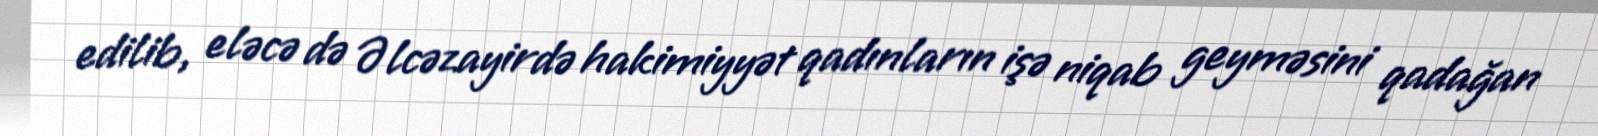
edilib, eləcə də Əlcəzayirdə hakimiyyət qadınların işə niqab geyməsini qadağan